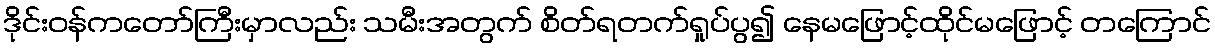
ဒိုင်းဝန်ကတော်ကြီးမှာလည်း သမီးအတွက် စိတ်ရတက်ရှုပ်ပွ၍ နေမဖြောင့်ထိုင်မဖြောင့် တကြောင်